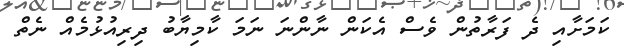
ކަމަށާއި ދެ ފަރާތުން ވެސް އެކަން ނާންނަ ނަމަ ކާމިޔާބު ދިރިއުޅުމެއް ނެތް